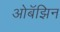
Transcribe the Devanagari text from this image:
ओबॅझिन